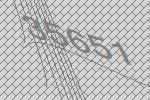
35651